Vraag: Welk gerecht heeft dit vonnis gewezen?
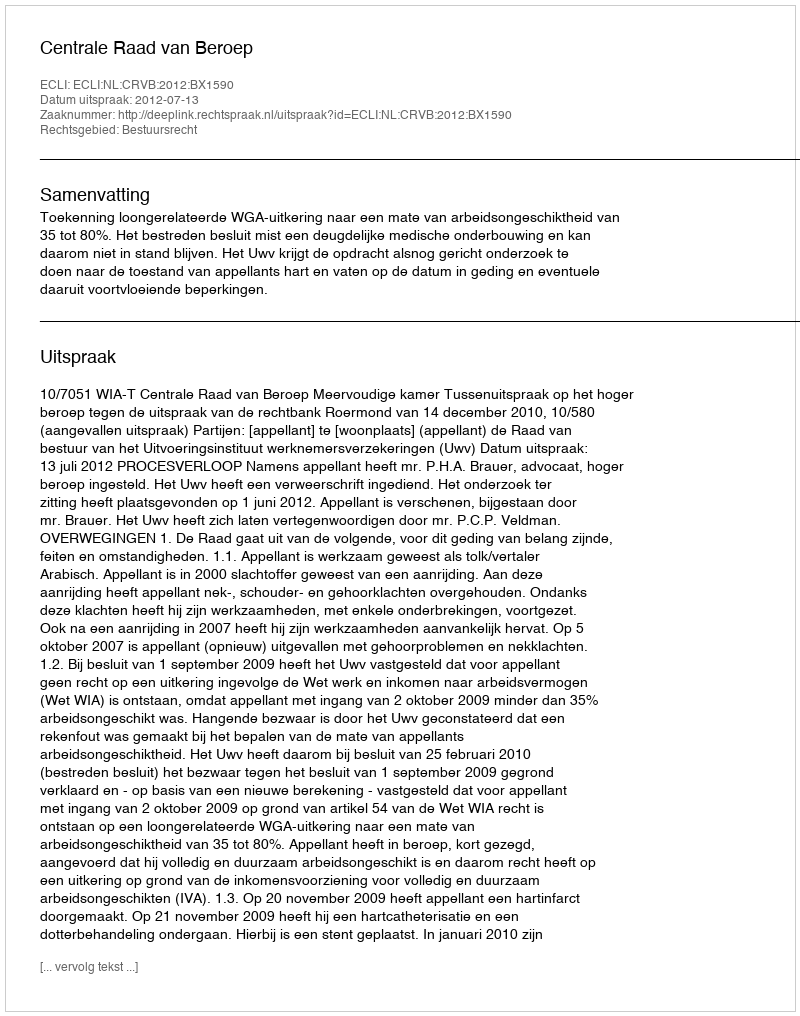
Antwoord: Centrale Raad van Beroep